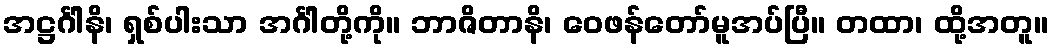
အဋ္ဌင်္ဂါနိ၊ ရှစ်ပါးသာ အင်္ဂါတို့ကို။ ဘာဇိတာနိ၊ ဝေဖန်တော်မူအပ်ပြီ။ တထာ၊ ထို့အတူ။